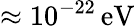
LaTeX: \approx 10^{-22}\, \mathrm{eV}